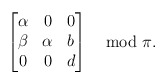
\begin{align*} \begin{bmatrix} \alpha & 0 & 0 \\ \beta & \alpha & b\\ 0 & 0 & d \end{bmatrix} \mod \pi.\end{align*}